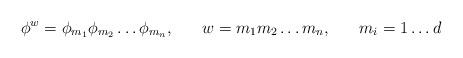
LaTeX: \begin{align*}\phi^{w} = \phi_{m_{1}} \phi_{m_{2}} \ldots \phi_{m_{n}}, \;\;\;\;\;\; w = m_{1}m_{2}\ldots m_{n}, \;\;\;\;\;\; m_{i} = 1 \ldots d\end{align*}